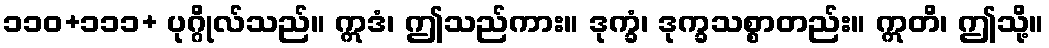
၁၁၀+၁၁၁+ ပုဂ္ဂိုလ်သည်။ ဣဒံ၊ ဤသည်ကား။ ဒုက္ခံ၊ ဒုက္ခသစ္စာတည်း။ ဣတိ၊ ဤသို့။